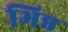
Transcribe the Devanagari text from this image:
भिन्न